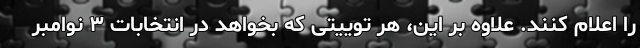
را اعلام کنند. علاوه بر این، هر توییتی که بخواهد در انتخابات ۳ نوامبر